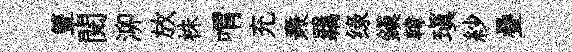
簟閲泖放株喟充燾羈绿鎮韓瑱紗疊